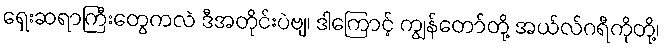
ရှေးဆရာကြီးတွေကလဲ ဒီအတိုင်းပဲဗျ၊ ဒါကြောင့် ကျွန်တော်တို့ အယ်လ်ဂရီကိုတို့၊